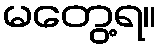
မတွေ့ရ။